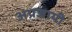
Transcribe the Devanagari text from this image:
अप्रजायी